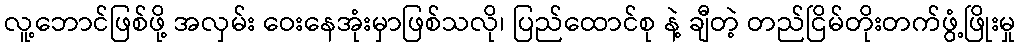
လူ့ဘောင်ဖြစ်ဖို့ အလှမ်း ဝေးနေအုံးမှာဖြစ်သလို၊ ပြည်ထောင်စု နဲ့ ချီတဲ့ တည်ငြိမ်တိုးတက်ဖွံ့ဖြိုးမှု